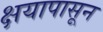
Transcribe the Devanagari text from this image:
क्षयापासून